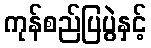
ကုန်စည်ပြပွဲနှင့်